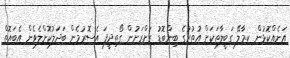
އަނެއްކޮޅުން ކ.މާލޭ ގަބީލާތަކަށް އުތުރުގެ ބިންބޮޑު ރަށްރަށުން ގޯތިދީފަ އެސޮރުމެން ބަދަލުކޮށްލެވެން އެބައޮތް